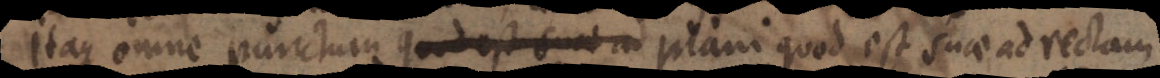
itaque omne punctum quod est sunt ad plani quod est suae ad rectam